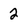
Character: 2